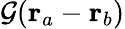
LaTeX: \mathcal{G}(\mathbf{r}_{a}-\mathbf{r}_{b})